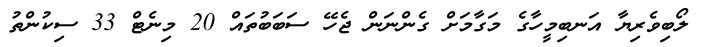
ލޯބިވެރިޔާ އަނބިމީހާގެ މަގާމަށް ގެންނަން ޖެހޭ ސަބަބުތައް 20 މިނެޓް 33 ސިކުންތު